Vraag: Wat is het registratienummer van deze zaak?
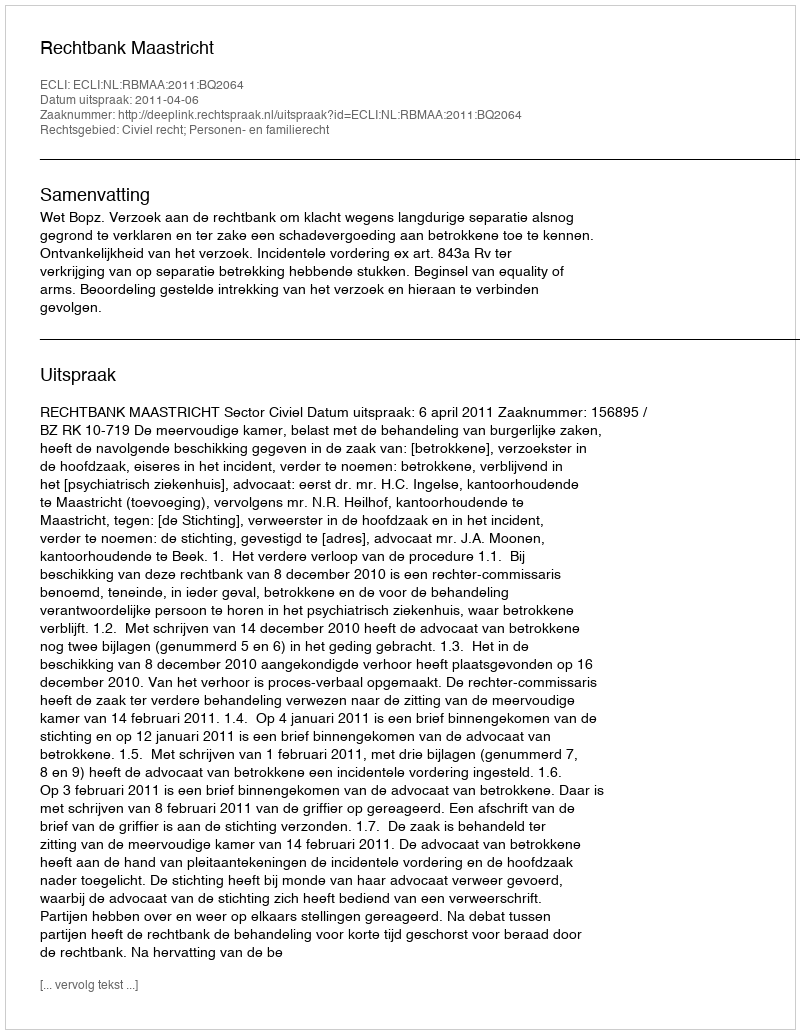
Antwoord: http://deeplink.rechtspraak.nl/uitspraak?id=ECLI:NL:RBMAA:2011:BQ2064